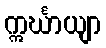
ဣင်္ဃာယျာ